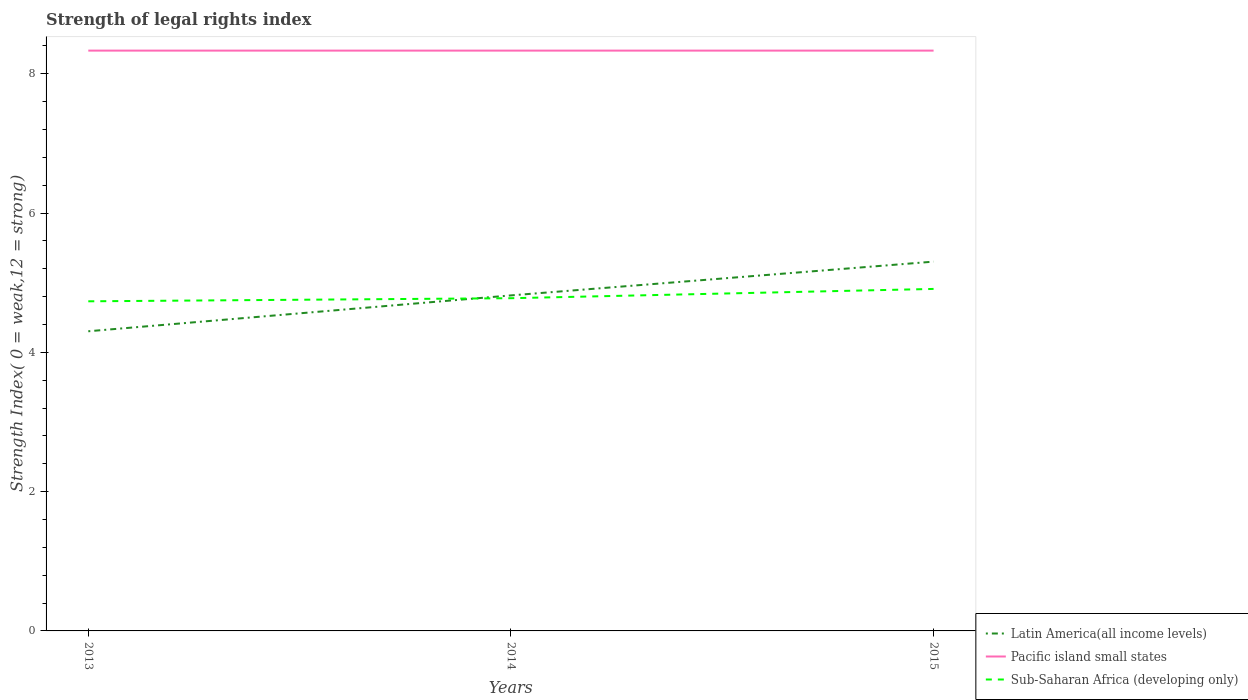
| Years | Latin America(all income levels) | Pacific island small states | Sub-Saharan Africa (developing only) |
 | --- | --- | --- | --- |
 | 2013 | 4.3 | 8.33 | 4.73 |
 | 2014 | 4.82 | 8.33 | 4.78 |
 | 2015 | 5.3 | 8.33 | 4.91 |